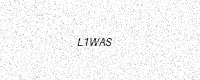
Text: L1WAS